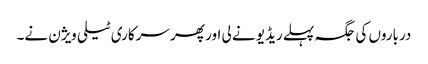
درباروں کی جگہ پہلے ریڈیو نے لی اور پھر سرکاری ٹیلی ویژن نے۔